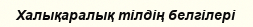
Халықаралық тілдің белгілері